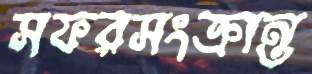
সফরসংক্রান্ত